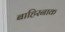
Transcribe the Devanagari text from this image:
बाहिरनाक